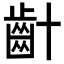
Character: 𪗕